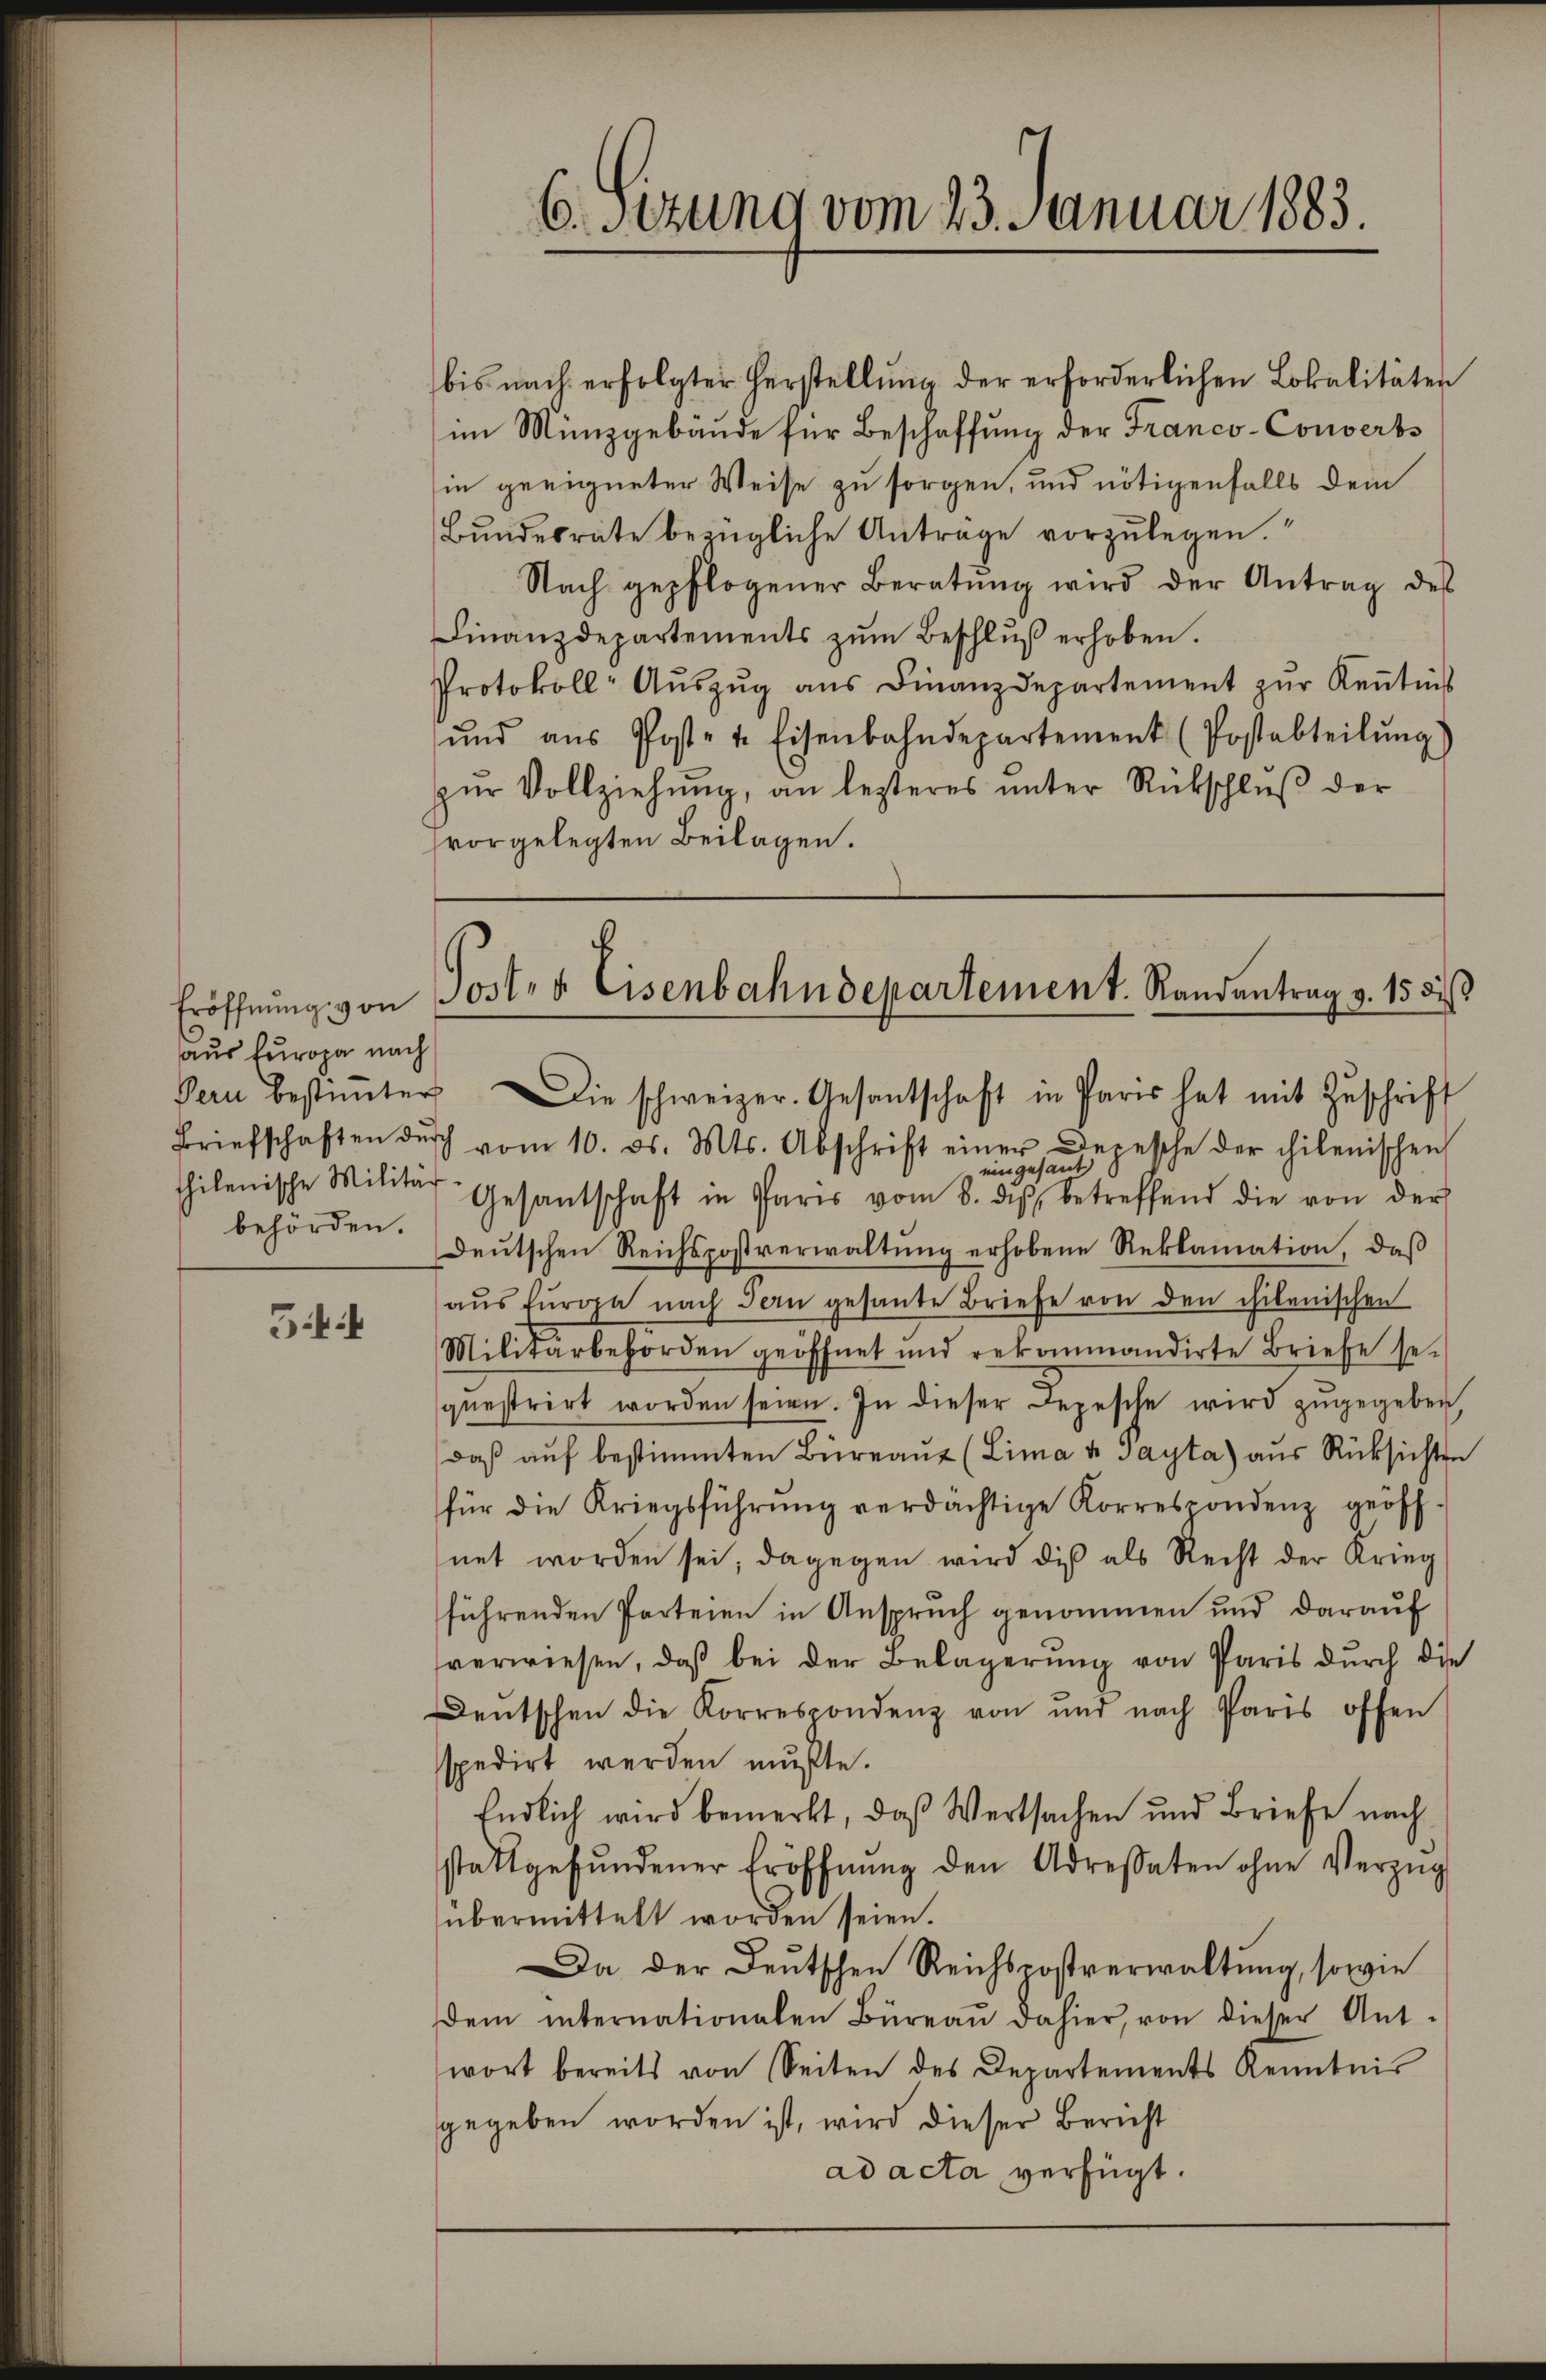
Eröffnung von
aus furopa nach

5

bis nach erfolgter Herstellung der erforderlichen Lokalitäten
im Münzgebäŭde für Beschaffŭng der Franco-Converbs
in geeigneter Weise zu sorgen, und nötigenfalls dem
Bŭndesrate bezügliche Anträge vorzŭlegen.
Nach gepflogener Beratŭng wird der Antrag des
Finanzdepartements zŭm Beschlŭβ erhoben.
Protokoll- Aŭszŭg ans Finanzdepartement zur Kenntnis
ŭnd aŭs Post- u. Eisenbahndepartement (Postabteilŭng)
zŭr Vollziehŭng, an lezteres ŭnter Rückschlŭβ der
svorgelegten Beilagen.

6. sezung vom 23. Januar 1883.

Poster Eisenbahndepartement. Randantrag v. 15 di

Pern bestimmter Die schweizer. Gesantschaft in Paris hat mit Zŭschrift
Briefschaften dŭrch vom 10. ds. Mts. Abschrift einer Depesche der chilenischen
eingesant
hilenische Militär- Gesantschaft in Paris vom 8. des betreffend die von der
behörden. Deutschen Reichspostverwaltŭng erhobene Reklamation, daß
aŭs Europa nach Fern gesante Briefe von den chilenischen
Militärbehörden geöffnet und rekommandirte Briefe se-
questrirt worden seien. In dieser Depesche wird zŭgegeben,
daβ aŭf bestimmten Büreaŭt (Lima u Gayta) aus Rücksichten
für die Kriegsführŭng verdächtige Korrespondenz geöff-
net worden sei; dagegen wird die als Recht der Krieg
führenden Parteien in Anspruch genommen und darauf
sverwiesen, daß bei der Belagerung von Paris durch die
Deutschen die Korrespondenz von und nach Paris offen
spedirt werden mußte.
Endlich wird bemerkt, daß Wertsachen und Briefe nach
stattgefŭndener Eröffnŭng den Adressaten ohne Verzŭg
übermittelt worden seien.
Da der Deutschen Reichspostverwaltŭng, sowie
dem internationalen Büreaŭ dahier, von dieser Ant.
wort bereits von Seiten des Departements Kenntnis
gegeben worden ist, wird dieser Bericht
ad acta verfügt: